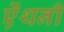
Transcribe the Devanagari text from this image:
ऐंथनी